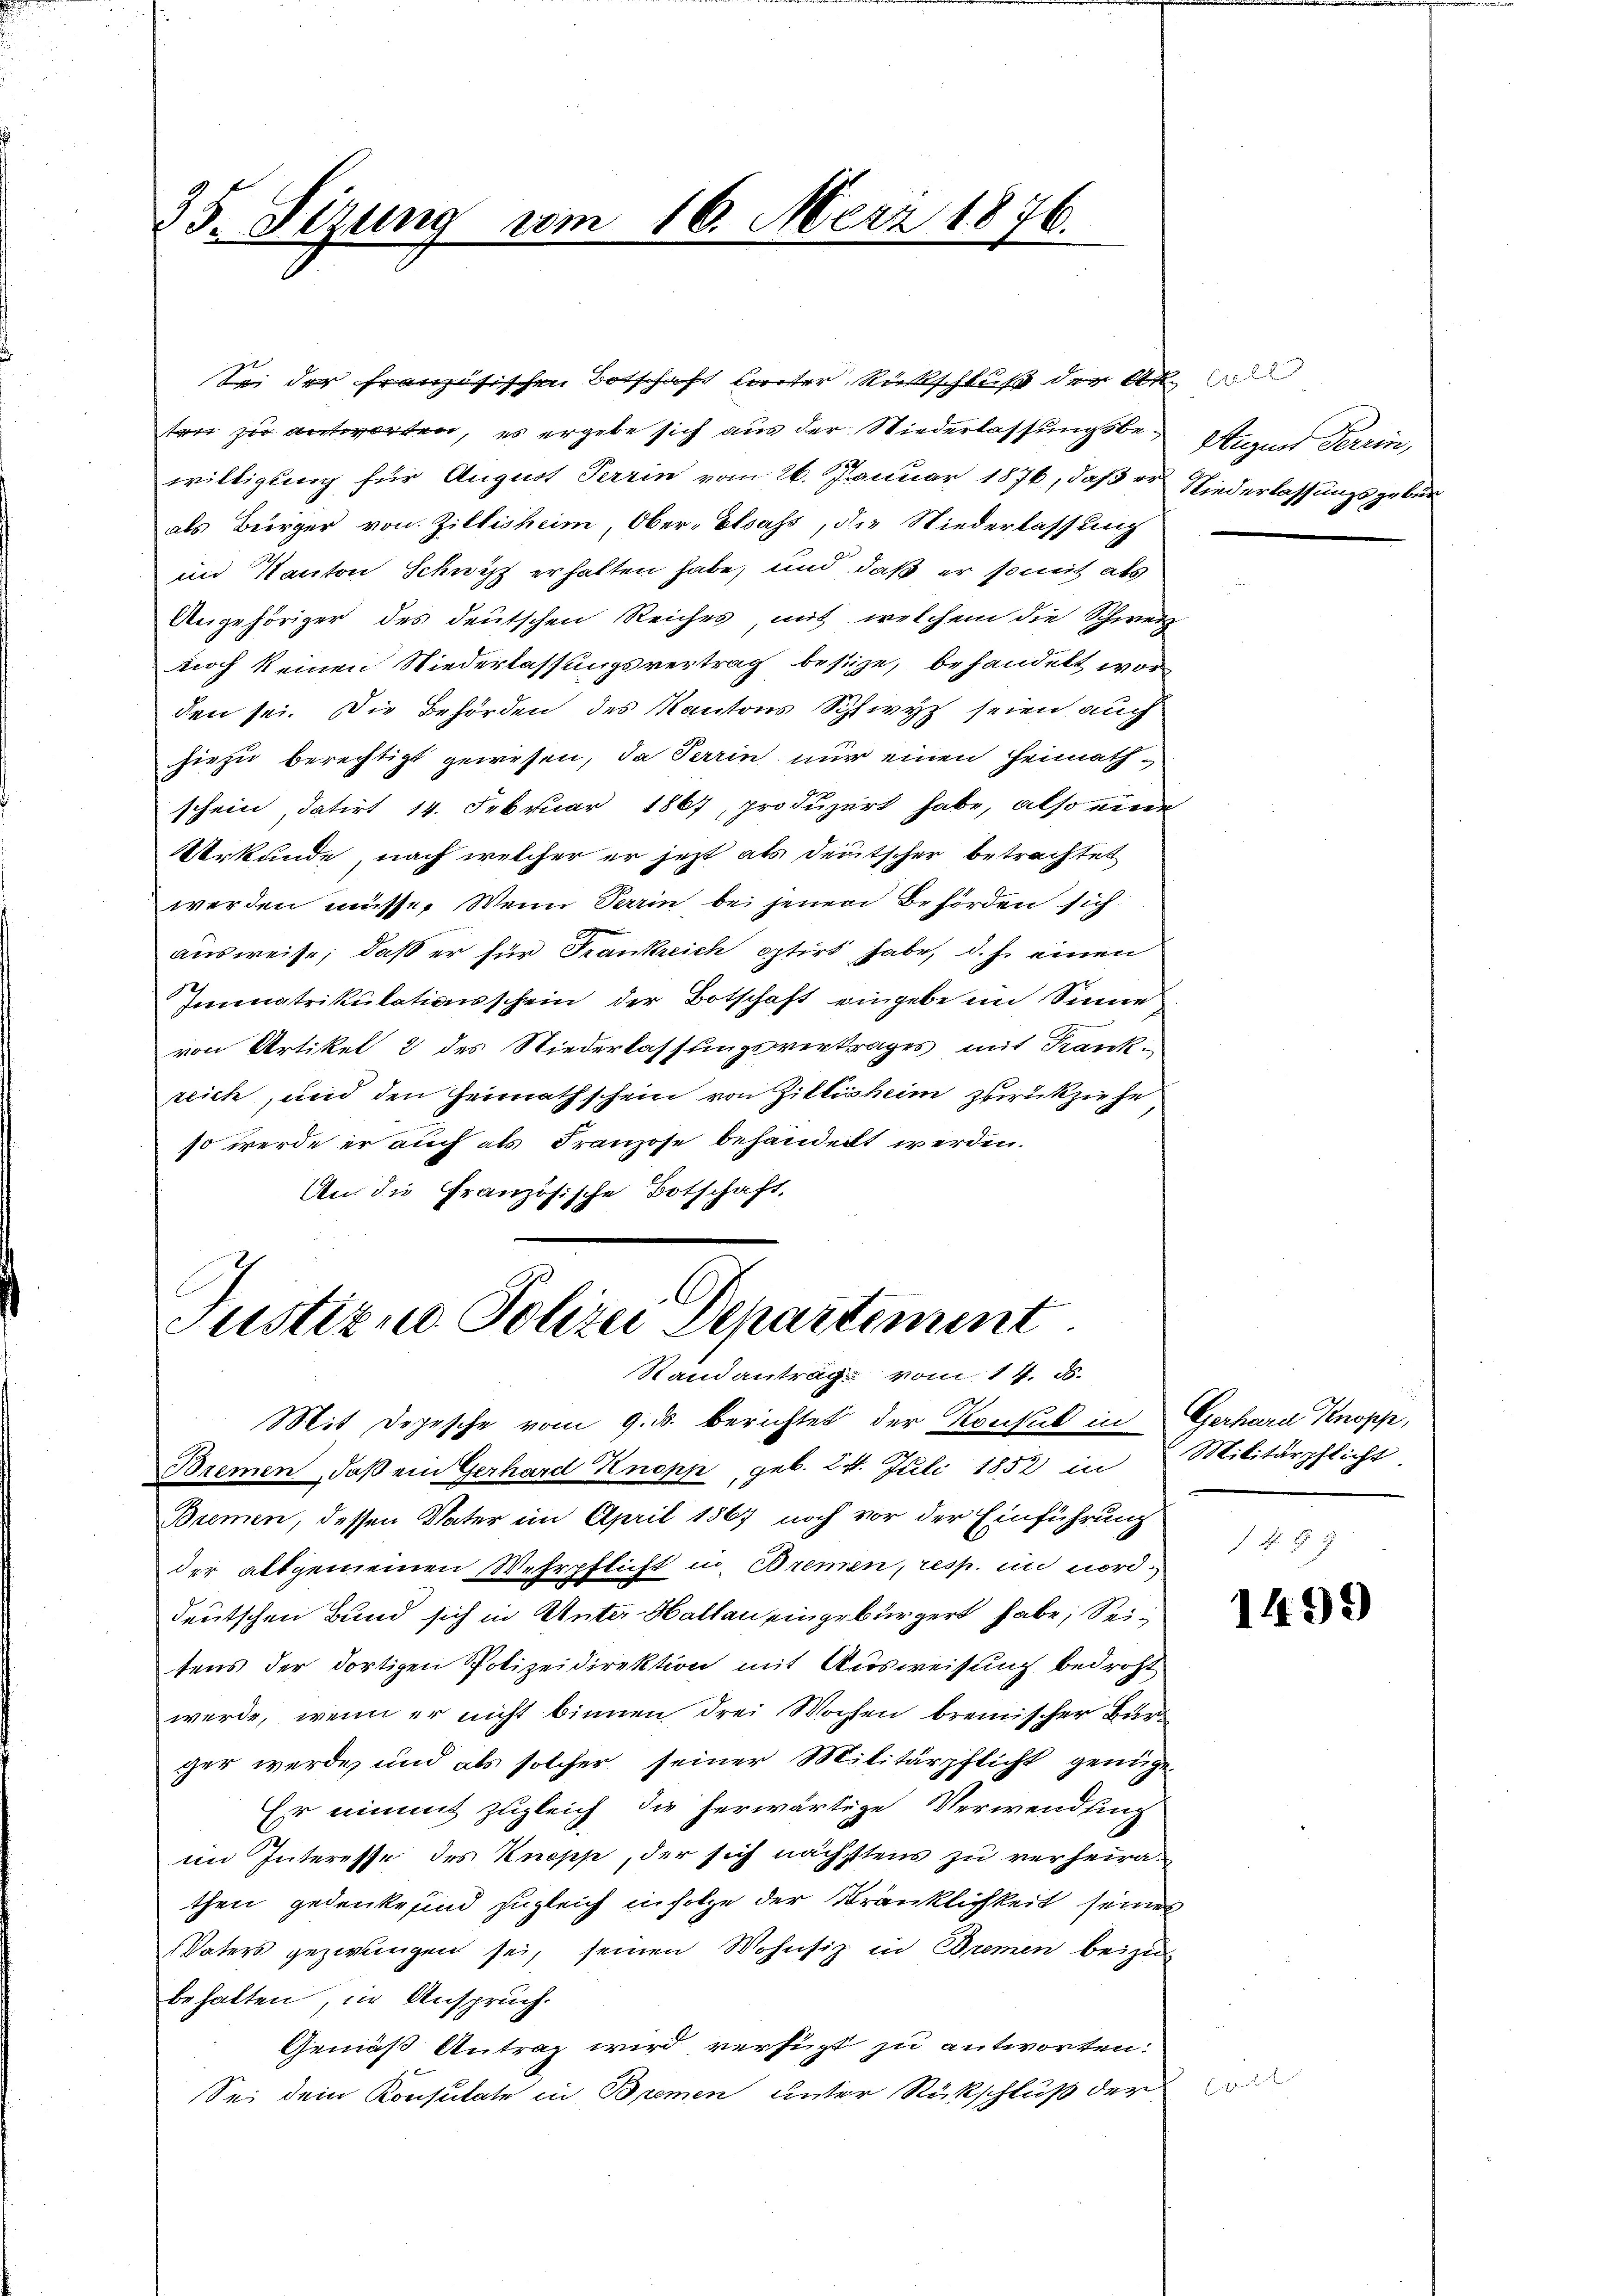
35. Sizung

ten zu antworten, es ergebe sich aus der Wiederlassungsbewilligung für August Terrin vom 26. Januar 1876, daß er Niederlassungsgebun
als Bürger von Zillisheim, Ober-Elsass, die Niederlassung
in Kanton Schwyz erhalten habe, und daß er somit als
Angehöriger des deutschen Reiches, mit welchem die Schweiz
noch keinen Niederlassungsvertrag besize, behandelt worden sei. Die Behörden des Kantons Schwyz seien auch
hiezu berechtigt gewesen, da Perrin nur einen Heimathschein, datirt 14. Februar 1867, produzirt habe, also eine
Urkunde, nach welcher er jezt als deutscher betrachtet
werden müsse. Wenn darin bei jenen Behörden sich
9
ausweise, daß er für Frankreich optirt habe, d.h. einen
Immatrikulationsschein der Botschaft eingebe im Sinne
von Artikel 2 des Niederlassungsvertrages mit Krank
reich, und den Heimathschein von Zillisheim zurückziehe
so werde er auch als Franzose behandert werden.
An die Französische Botschaft,

vom 16. März 1876.

Sei der französischen Botschaft Liter Rückschluß der Ak

Justizio Polizei Departiment
Randantrag vom 14. ds.
Mit Depesche vom 9. ds. berichtet der Konsul in Gerhard Knopp,
Bremen, daß ein Gerhard Knopp, geb. 24. Juli 1852 in Militärpflicht

Bremen, dessen Vater im April 1867 noch vor der Einführung
der altgemeinen Wehrpflicht in Bremen, resp. in norddeutschen Bund sich in Unter-Hallen eingebürgert habe, Seitens der dortigen Polizeidirektion mit Ausweisung bedroht
werde, wenn er nicht binnen drei Wochen bremischer Burc
ger werde und als solcher seiner Militärpflicht genüge
Er einmit zugleich die herwärtige Verwendung
em Interesse des Knopp, der sich nächstens zu verheirathen gedenke sind zugleich infolge der Kränklichkeit seines
VVaters gezwungen sei, seinen Wohnsiz in Bremen beizu
behalten, in Anspruch.
Gemäß Antrag wird verfügt zu antworten.
Sei dem Konsulate in Bremen unter Rückschluß der

Augen Terrin,

1499